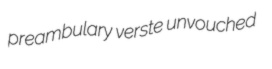
preambulary verste unvouched